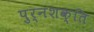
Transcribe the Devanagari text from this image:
पुर्नशक्ति